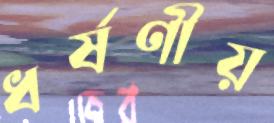
ধর্ষণীয়